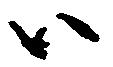
ハ